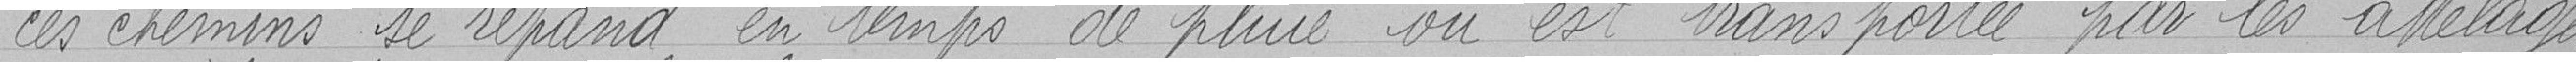
ces chemins se répend en temps de pluie ou est transportée par les attelages